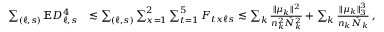
\begin{array} { r l } { \sum _ { ( \ell , s ) } \mathbb { E } D _ { \ell , s } ^ { 4 } } & { \lesssim \sum _ { ( \ell , s ) } \sum _ { x = 1 } ^ { 2 } \sum _ { t = 1 } ^ { 5 } F _ { t x \ell s } \lesssim \sum _ { k } \frac { \| \mu _ { k } \| ^ { 2 } } { n _ { k } ^ { 2 } \bar { N } _ { k } ^ { 2 } } + \sum _ { k } \frac { \| \mu _ { k } \| _ { 3 } ^ { 3 } } { n _ { k } \bar { N } _ { k } } \, , } \end{array}